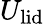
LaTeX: U_{\textrm{lid}}